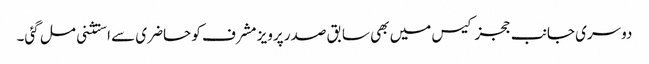
دوسری جانب ججز کیس میں بھی سابق صدر پرویز مشرف کو حاضری سے استثنی مل گئی۔